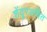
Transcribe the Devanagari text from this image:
शेंदूरअर्चित